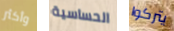
وأكثر الحساسية يتركوا